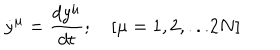
{ \dot { y } } ^ { \mu } = { \frac { d y ^ { \mu } } { d t } } ; \quad [ \mu = 1 , 2 , . . . 2 N ]